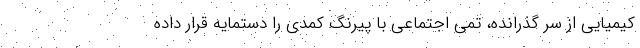
کیمیایی از سر گذرانده، تمی اجتماعی با پیرنگ کمدی را دستمایه قرار داده